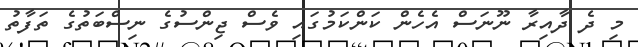
މި ދެ ދާއިރާ ނޫނަސް އެހެން ކަންކަމުގައި ވެސް ޖިންސުގެ ނިސްބަތުގެ ތަފާތު